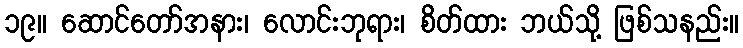
၁၉။ ဆောင်တော်အနား၊ လောင်းဘုရား၊ စိတ်ထား ဘယ်သို့ ဖြစ်သနည်း။